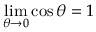
\operatorname* { l i m } _ { \theta \to 0 } { \cos \theta } = 1